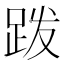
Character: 𫏆